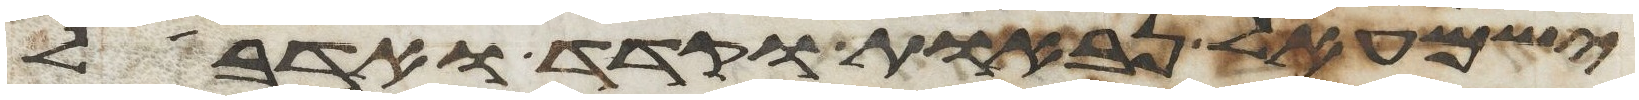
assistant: ישמעאל נבאות וקדד ואדבל